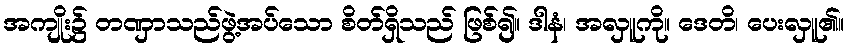
အကျိုး၌ တဏှာသည်ဖွဲ့အပ်သော စိတ်ရှိသည် ဖြစ်၍။ ဒါနံ၊ အလှူကို။ ဒေတိ၊ ပေးလှူ၏။